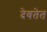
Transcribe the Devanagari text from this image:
देवतेत